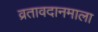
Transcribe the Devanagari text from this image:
व्रतावदानमाला